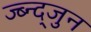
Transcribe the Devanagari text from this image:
ज्ब्न्द्जुन